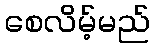
စေလိမ့်မည်